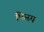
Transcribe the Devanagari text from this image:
फिस्प